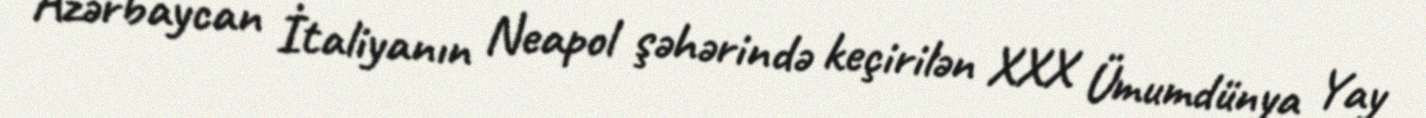
Azərbaycan İtaliyanın Neapol şəhərində keçirilən XXX Ümumdünya Yay